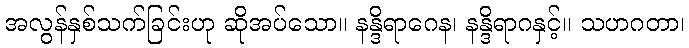
အလွန်နှစ်သက်ခြင်းဟု ဆိုအပ်သော။ နန္ဒိရာဂေန၊ နန္ဒိရာဂနှင့်။ သဟဂတာ၊